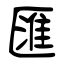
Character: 匯